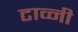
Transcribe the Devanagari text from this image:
टाव्नी